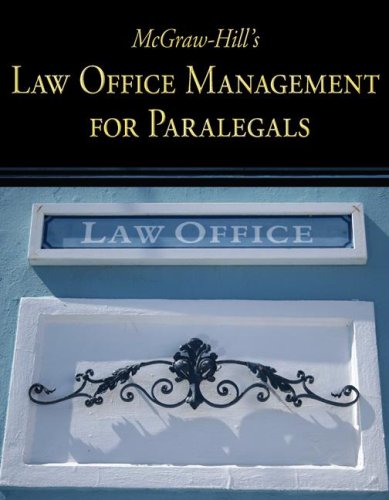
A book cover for McGraw-Hill's Law Office Management for Paralegals; McGraw-Hill Education; Law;